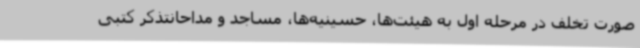
صورت تخلف در مرحله اول به هیئت‌ها، حسینیه‌ها، مساجد و مداحانتذکر کتبی